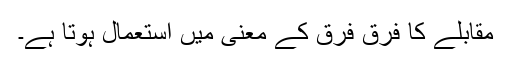
مقابلے کا فرق فرق کے معنی میں استعمال ہوتا ہے۔